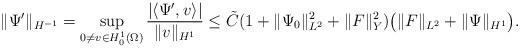
LaTeX: \begin{align*}\| \Psi' \|_{H^{-1}}=\sup_{0\neq v\in H_0^1(\Omega)}\frac{|\langle \Psi', v\rangle|}{\|v\|_{H^1}}\leq \tilde{C}(1+\|\Psi_0\|_{L^2}^2+\|F\|_Y^2) \bigl( \| F \|_{L^2} + \| \Psi \|_{H^1} \bigr) .\end{align*}